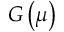
G \left( \mu \right)